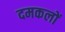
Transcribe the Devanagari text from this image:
दमकलों